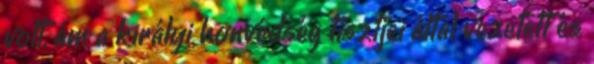
volt, ám a királyi honvédség tisztjei által vezetett és